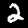
Digit: 2